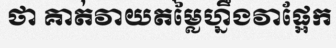
ថា គាត់វាយតម្លៃហ្នឹងវាផ្អែក